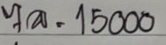
7 ล = 15000